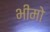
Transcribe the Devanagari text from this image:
भीमो